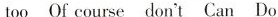
too Of course don't Can Do